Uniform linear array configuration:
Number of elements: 12
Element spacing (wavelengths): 1
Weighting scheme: binomial
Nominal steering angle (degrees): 45
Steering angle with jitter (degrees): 46.299
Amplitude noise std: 0.05
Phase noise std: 0.05

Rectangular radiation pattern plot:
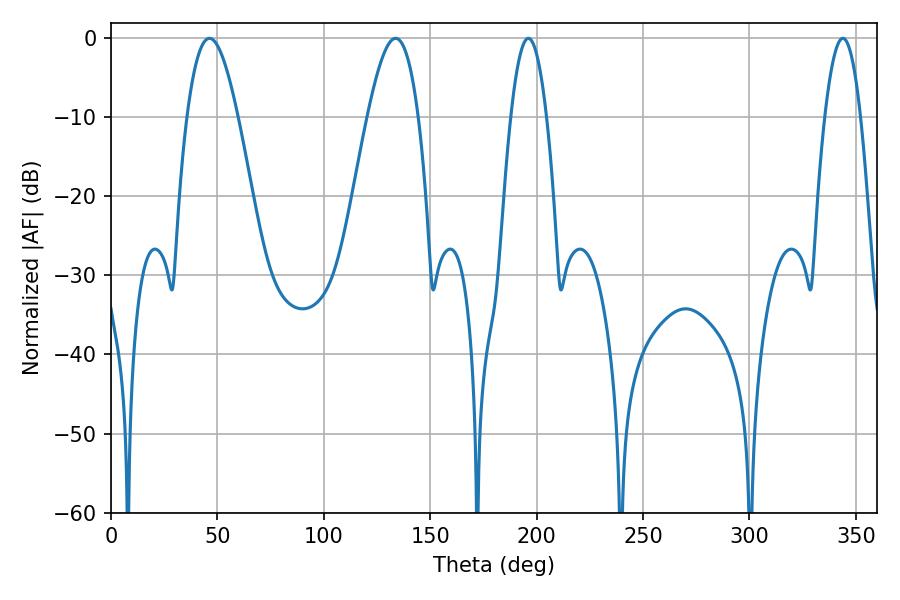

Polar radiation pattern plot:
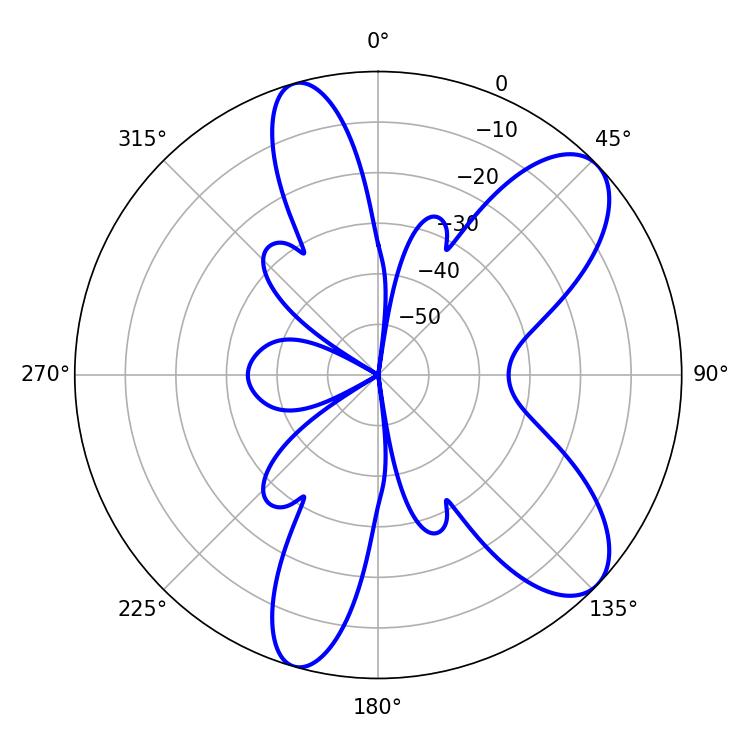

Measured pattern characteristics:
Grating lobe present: TRUE
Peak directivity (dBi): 8.831
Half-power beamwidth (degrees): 12.96
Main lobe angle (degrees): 46.26